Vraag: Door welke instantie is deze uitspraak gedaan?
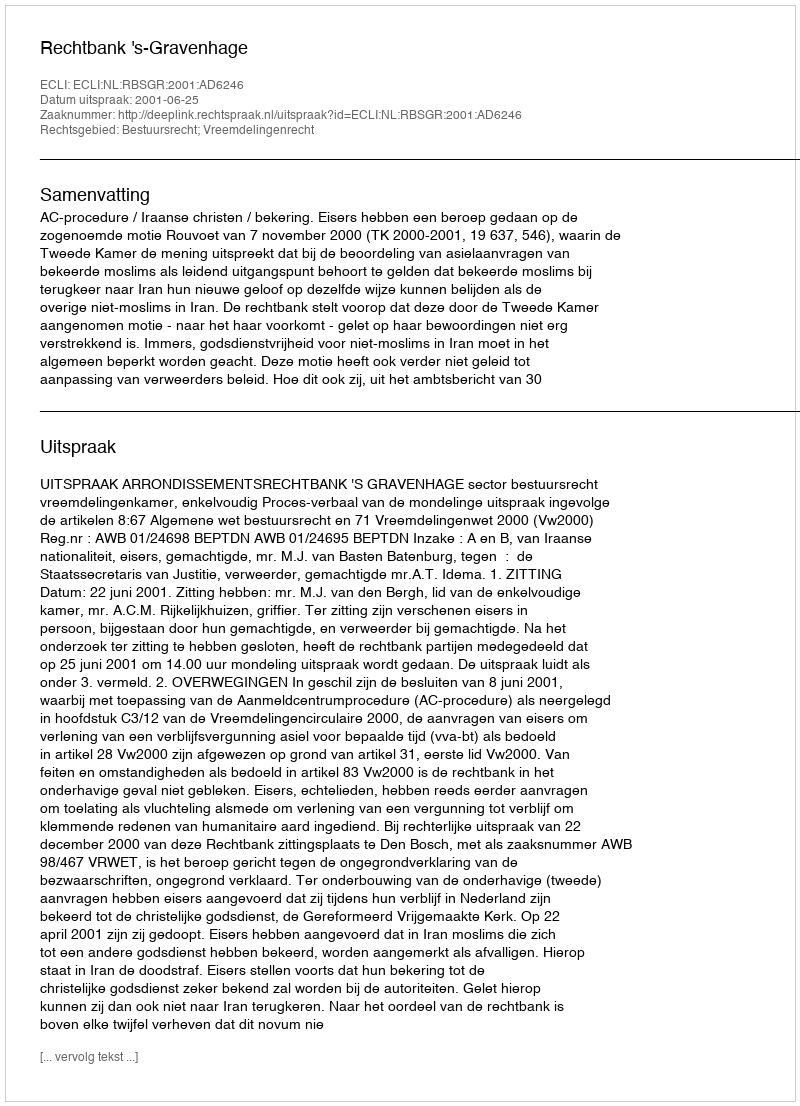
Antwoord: Rechtbank 's-Gravenhage